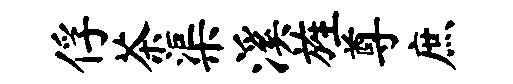
俘茶渠溪旌尊庶